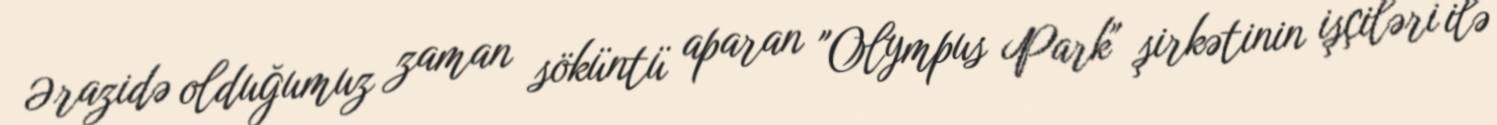
Ərazidə olduğumuz zaman söküntü aparan "Olympus Park" şirkətinin işçiləri ilə